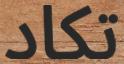
تكاد